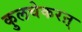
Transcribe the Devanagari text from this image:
कुलचेकरऩ्